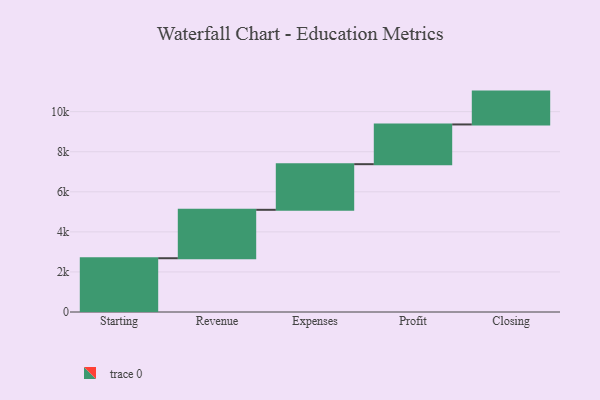
{"axis": {"x": "Step", "y": "Value"}, "legend": [""], "data": [{"x": "Starting", "y": 2684.0, "type": ""}, {"x": "Revenue", "y": 2417.0, "type": ""}, {"x": "Expenses", "y": 2278.0, "type": ""}, {"x": "Profit", "y": 1983.0, "type": ""}, {"x": "Closing", "y": 1640.0, "type": ""}]}